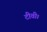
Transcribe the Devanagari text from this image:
टीवी।